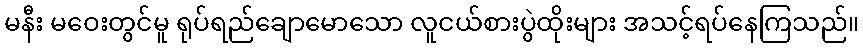
မနီး မဝေးတွင်မူ ရုပ်ရည်ချောမောသော လူငယ်စားပွဲထိုးများ အသင့်ရပ်နေကြသည်။